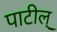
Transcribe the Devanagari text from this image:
पाटील्